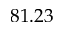
8 1 . 2 3